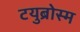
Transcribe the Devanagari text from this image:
टयुब्रोस्म